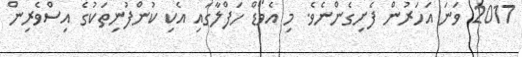
2017 ވަނަ އަހަރުން ފެށިގެންނެވެ. މި އެވޯޑް ހަފްލާގައި އެކި ކުންފުނިތަކުގެ އިސްވެރިން